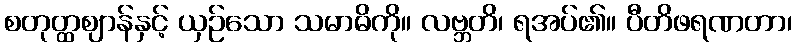
စတုတ္ထဈာန်နှင့် ယှဉ်သော သမာဓိကို။ လဗ္ဘတိ၊ ရအပ်၏။ ပီတိဖရဏတာ၊